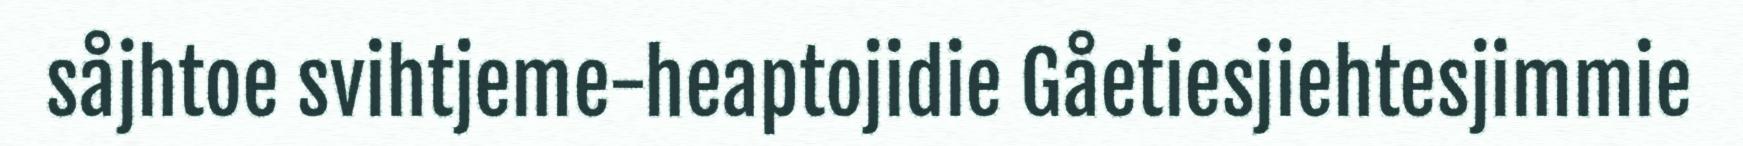
såjhtoe svihtjeme-heaptojidie Gåetiesjiehtesjimmie